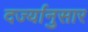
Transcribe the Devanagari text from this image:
दर्ज्यानुसार